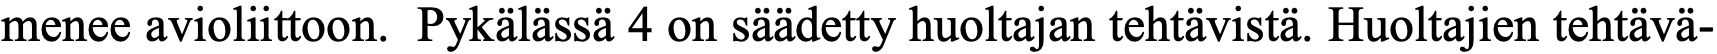
menee avioliittoon. Pykälässä 4 on säädetty huoltajan tehtävistä. Huoltajien tehtävä-